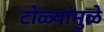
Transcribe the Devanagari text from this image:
टोळ्यांमुळे